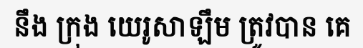
នឹង ក្រុង យេរូសាឡឹម ត្រូវបាន គេ